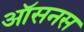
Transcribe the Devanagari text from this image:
ऑसनस